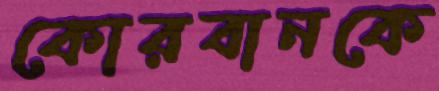
কোরবানকে